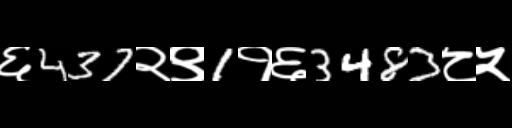
Text: ६437२९1१६3483८५